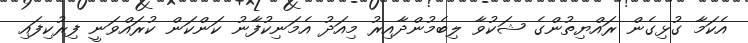
އެކަމާ ގުޅިގެން ރައްޔިތުންގެ ޝަކުވާ ލިބެމުންދާއިރު މިއަދު އެމަނިކުފާނު ކަންކަން ކުރައްވަނީ ފިރުކިފައި